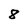
Character: 8